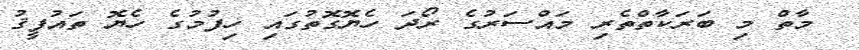
މާތް މި ބަރަކާތްތެރި މައްސަރުގެ ރޯދަ ހެޔޮގޮތުގައި ހިފުމުގެ ހެޔޮ ތައުފީޤު